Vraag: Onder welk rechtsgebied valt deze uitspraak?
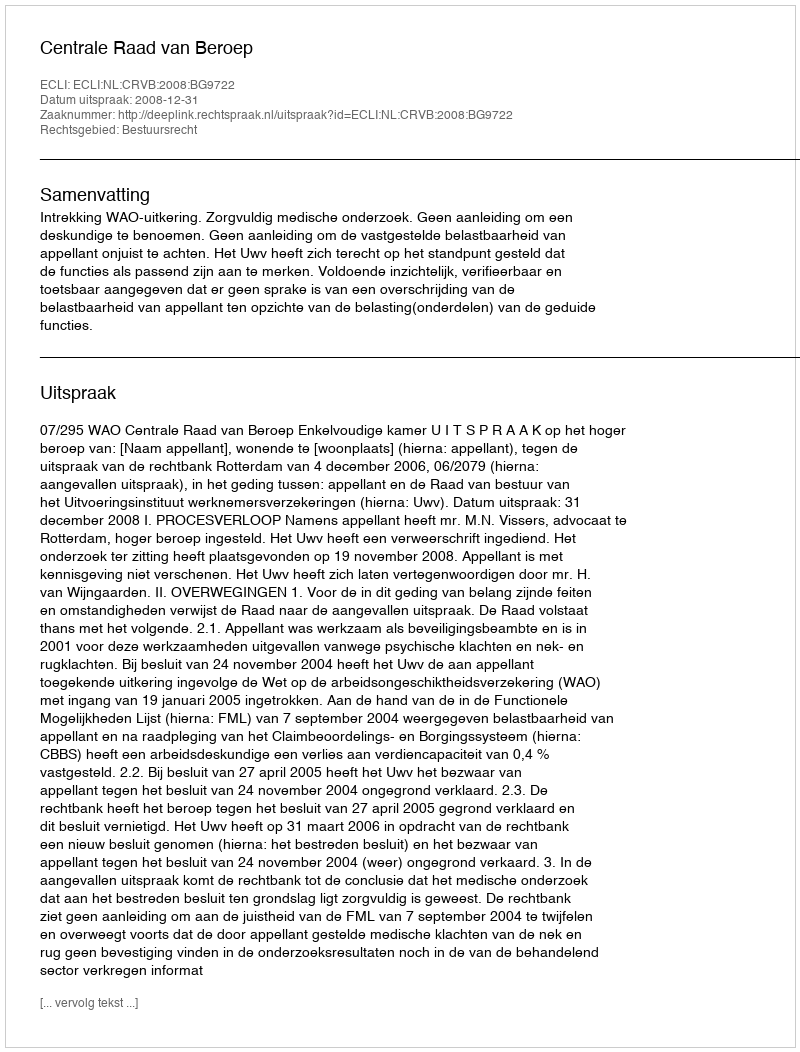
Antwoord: Bestuursrecht